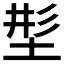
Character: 𡌒